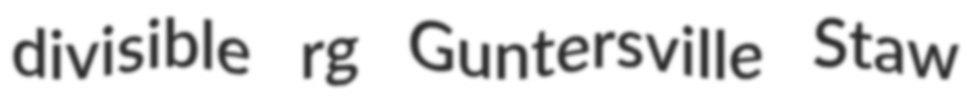
divisible rg Guntersville Staw